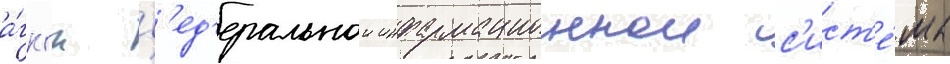
а́гкгн ф'ед'еральнои информационнои с'ист'е́мы